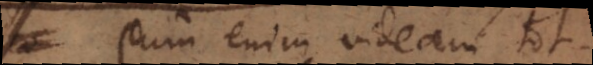
Cum enim videam tot